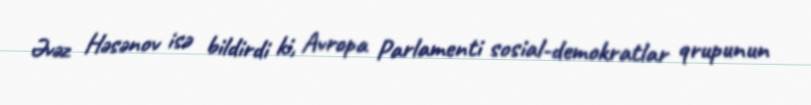
Əvəz Həsənov isə bildirdi ki, Avropa Parlamenti sosial-demokratlar qrupunun